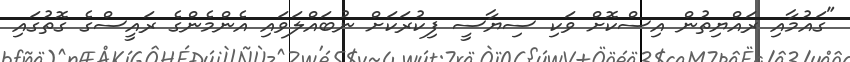
"ގައުމާއި ރައްޔިތުން އިސްކޮށް ވަކި ސިޔާސީ ފިކުރަކަށް ނުބައްލަވައި އެންމެންގެ ރައީސްގެ ގޮތުގައި